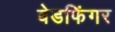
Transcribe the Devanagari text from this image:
बेडफिंगर